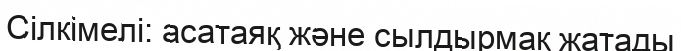
Сілкімелі: асатаяқ және сылдырмақ жатады